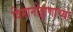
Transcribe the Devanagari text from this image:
विमानोड्डाणाच्या